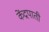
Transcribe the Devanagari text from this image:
केंद्रपाती